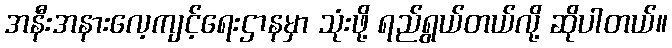
အနီးအနားလေ့ကျင့်ရေးဌာနမှာ သုံးဖို့ ရည်ရွယ်တယ်လို့ ဆိုပါတယ်။